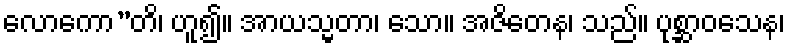
လောကော”တိ၊ ဟူ၍။ အာယသ္မတာ၊ သော။ အဇိတေန၊ သည်။ ပုစ္ဆာဝသေန၊